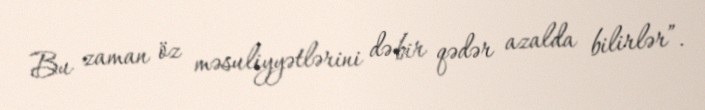
Bu zaman öz məsuliyyətlərini də bir qədər azalda bilirlər”.